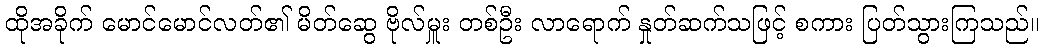
ထိုအခိုက် မောင်မောင်လတ်၏ မိတ်ဆွေ ဗိုလ်မှူး တစ်ဦး လာရောက် နှုတ်ဆက်သဖြင့် စကား ပြတ်သွားကြသည်။